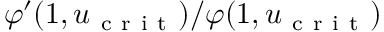
\varphi ^ { \prime } ( 1 , u _ { \mathrm { ~ c ~ r ~ i ~ t ~ } } ) / \varphi ( 1 , u _ { \mathrm { ~ c ~ r ~ i ~ t ~ } } )